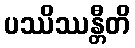
ပဿိဿန္တီတိ